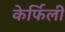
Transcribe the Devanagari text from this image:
केर्फिली